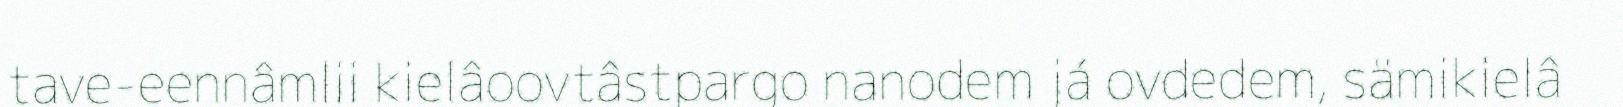
tave-eennâmlii kielâoovtâstpargo nanodem já ovdedem, sämikielâ